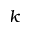
k